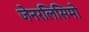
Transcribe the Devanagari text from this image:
जेनरलिसिमो